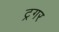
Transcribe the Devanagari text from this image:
ट्रगर